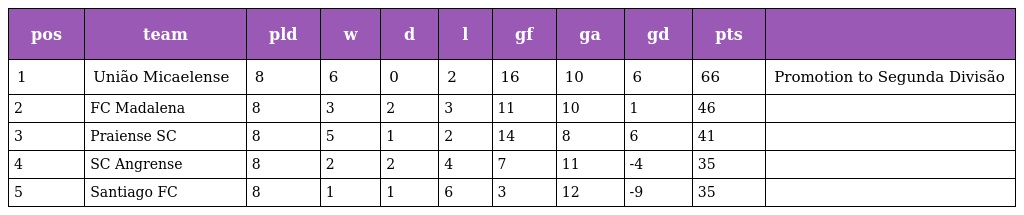
| pos | team | pld | w | d | l | gf | ga | gd | pts |  |
 | --- | --- | --- | --- | --- | --- | --- | --- | --- | --- | --- |
 | 1 | União Micaelense | 8 | 6 | 0 | 2 | 16 | 10 | 6 | 66 | Promotion to Segunda Divisão |
 | 2 | FC Madalena | 8 | 3 | 2 | 3 | 11 | 10 | 1 | 46 |  |
 | 3 | Praiense SC | 8 | 5 | 1 | 2 | 14 | 8 | 6 | 41 |  |
 | 4 | SC Angrense | 8 | 2 | 2 | 4 | 7 | 11 | -4 | 35 |  |
 | 5 | Santiago FC | 8 | 1 | 1 | 6 | 3 | 12 | -9 | 35 |  |